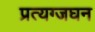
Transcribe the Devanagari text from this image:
प्रत्यग्जघन